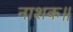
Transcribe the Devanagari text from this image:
नाशक॥